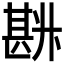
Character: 𰅽